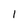
Character: 1